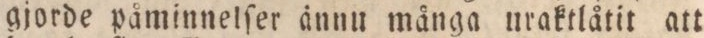
gjorde påminnelſer ännu många uraktlåtit att